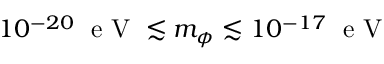
1 0 ^ { - 2 0 } \; \mathrm { ~ e ~ V ~ } \lesssim m _ { \phi } \lesssim 1 0 ^ { - 1 7 } \; \mathrm { ~ e ~ V ~ }